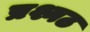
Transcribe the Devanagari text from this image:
प्रश्नठ